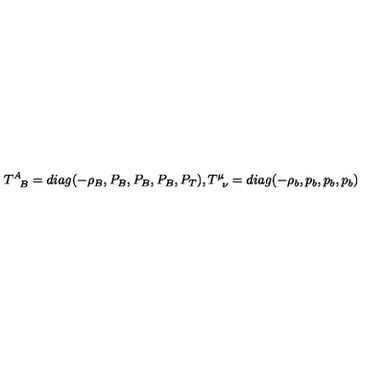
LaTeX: T _ { \phantom { A } B } ^ { A } = d i a g ( - \rho _ { B } , P _ { B } , P _ { B } , P _ { B } , P _ { T } ) , T _ { \phantom { \mu } \nu } ^ { \mu } = d i a g ( - \rho _ { b } , p _ { b } , p _ { b } , p _ { b } )